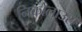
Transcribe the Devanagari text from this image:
निकोलाउस